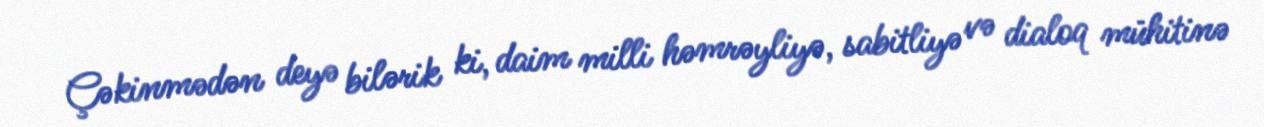
Çəkinmədən deyə bilərik ki, daim milli həmrəyliyə, sabitliyə və dialoq mühitinə